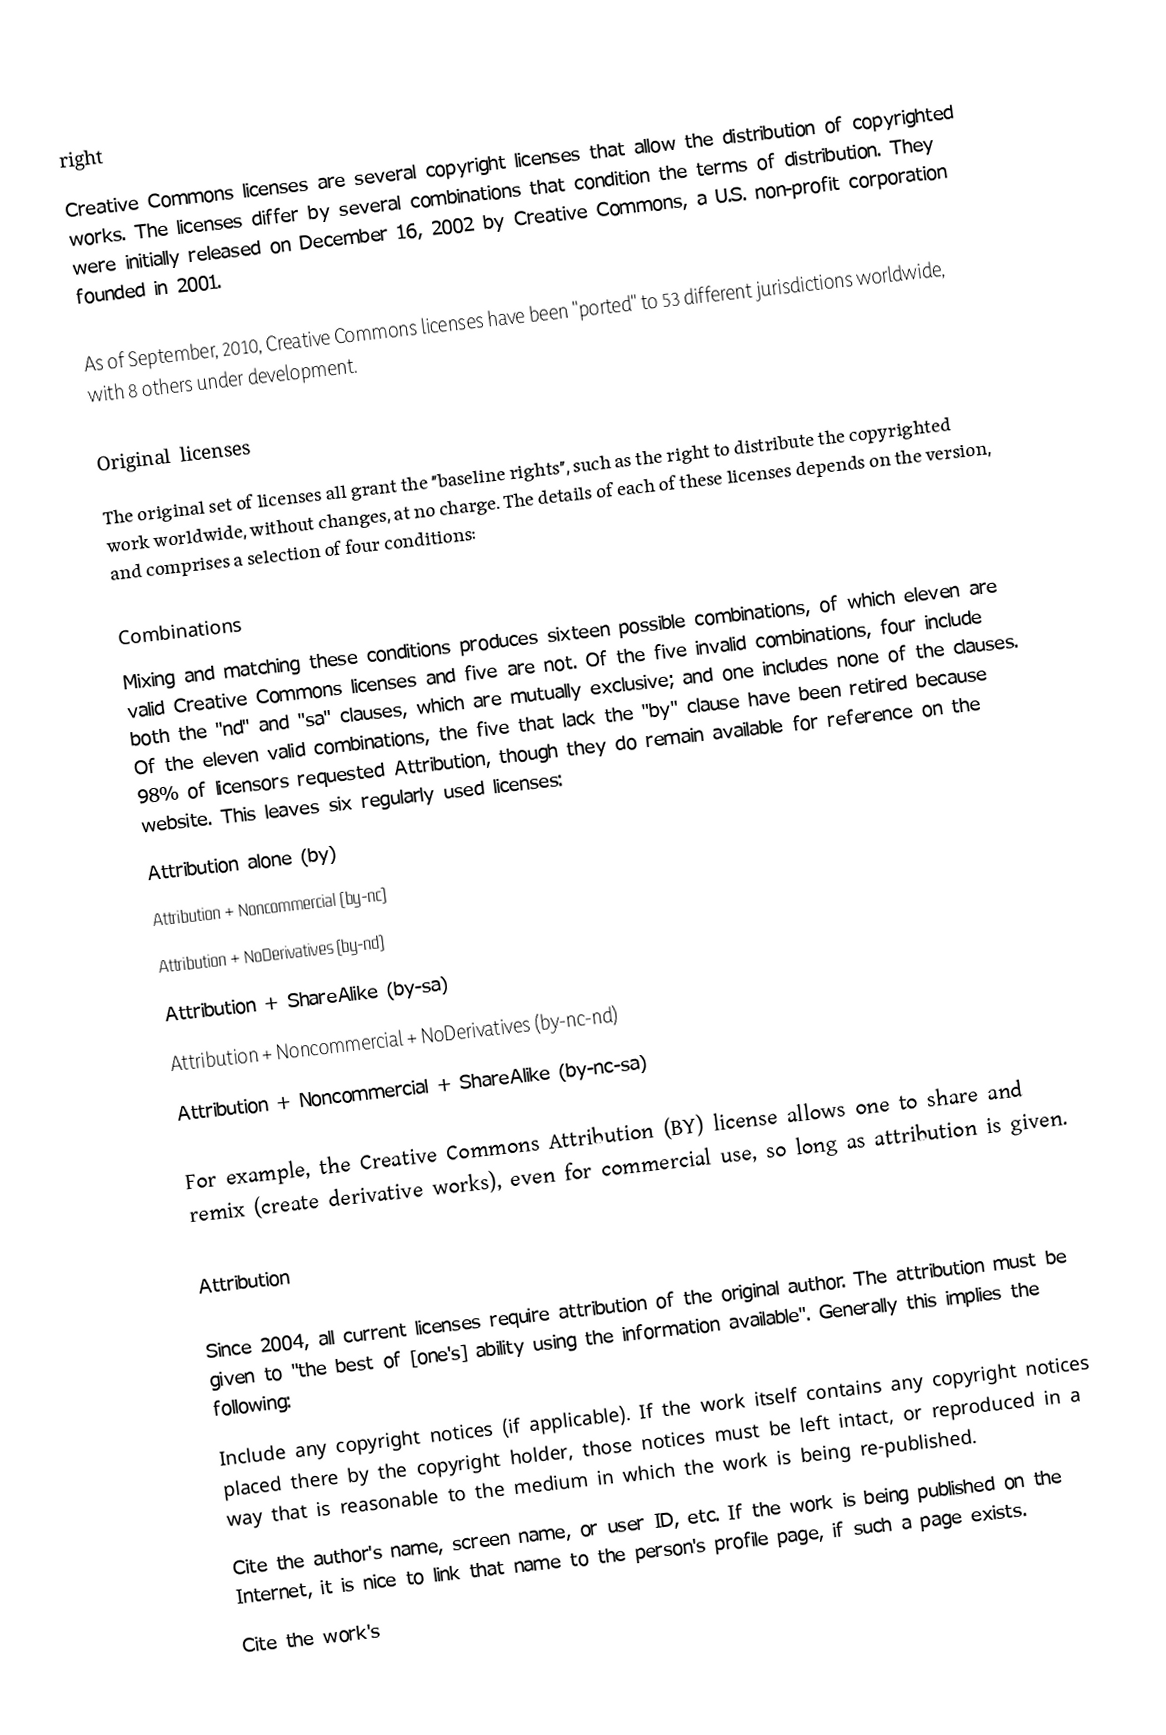
right
Creative Commons licenses are several copyright licenses that allow the distribution of copyrighted works. The licenses differ by several combinations that condition the terms of distribution. They were initially released on December 16, 2002 by Creative Commons, a U.S. non-profit corporation founded in 2001.

As of September, 2010, Creative Commons licenses have been "ported" to 53 different jurisdictions worldwide, with 8 others under development.

Original licenses
The original set of licenses all grant the "baseline rights", such as the right to distribute the copyrighted work worldwide, without changes, at no charge. The details of each of these licenses depends on the version, and comprises a selection of four conditions:

Combinations
Mixing and matching these conditions produces sixteen possible combinations, of which eleven are valid Creative Commons licenses and five are not. Of the five invalid combinations, four include both the "nd" and "sa" clauses, which are mutually exclusive; and one includes none of the clauses. Of the eleven valid combinations, the five that lack the "by" clause have been retired because 98% of licensors requested Attribution, though they do remain available for reference on the website. This leaves six regularly used licenses:
 Attribution alone (by)
 Attribution + Noncommercial (by-nc)
 Attribution + NoDerivatives (by-nd)
 Attribution + ShareAlike (by-sa)
 Attribution + Noncommercial + NoDerivatives (by-nc-nd)
 Attribution + Noncommercial + ShareAlike (by-nc-sa)

For example, the Creative Commons Attribution (BY) license allows one to share and remix (create derivative works), even for commercial use, so long as attribution is given.

Attribution

Since 2004, all current licenses require attribution of the original author. The attribution must be given to "the best of [one's] ability using the information available". Generally this implies the following:
Include any copyright notices (if applicable). If the work itself contains any copyright notices placed there by the copyright holder, those notices must be left intact, or reproduced in a way that is reasonable to the medium in which the work is being re-published.
Cite the author's name, screen name, or user ID, etc. If the work is being published on the Internet, it is nice to link that name to the person's profile page, if such a page exists.
Cite the work's